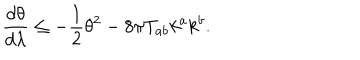
\frac { d \theta } { d \lambda } \leq - \frac { 1 } { 2 } \theta ^ { 2 } - 8 \pi T _ { a b } k ^ { a } k ^ { b } .